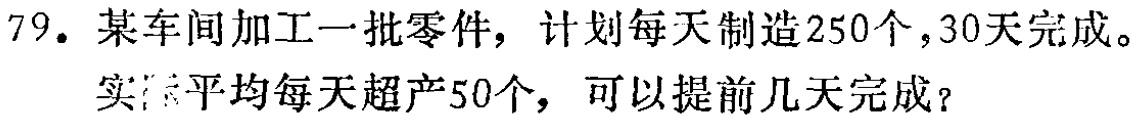
79. 某车间加工一批零件，计划每天制造250个，30天完成。
实际平均每天超产50个，可以提前几天完成？